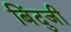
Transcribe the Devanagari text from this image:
बिंदुजी